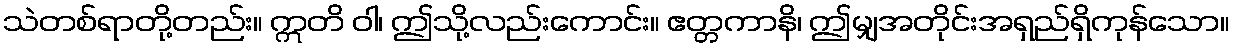
သဲတစ်ရာတို့တည်း။ ဣတိ ဝါ၊ ဤသို့လည်းကောင်း။ ဧတ္တကာနိ၊ ဤမျှအတိုင်းအရှည်ရှိကုန်သော။